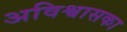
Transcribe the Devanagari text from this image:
अविश्वासका